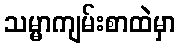
သမ္မာကျမ်းစာထဲမှာ